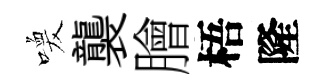
喚襲膾梧隆